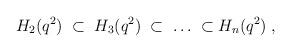
LaTeX: \begin{align*}H_2(q^2) \; \subset \; H_3(q^2) \; \subset \;\ldots \; \subset H_n(q^2)\;,\end{align*}